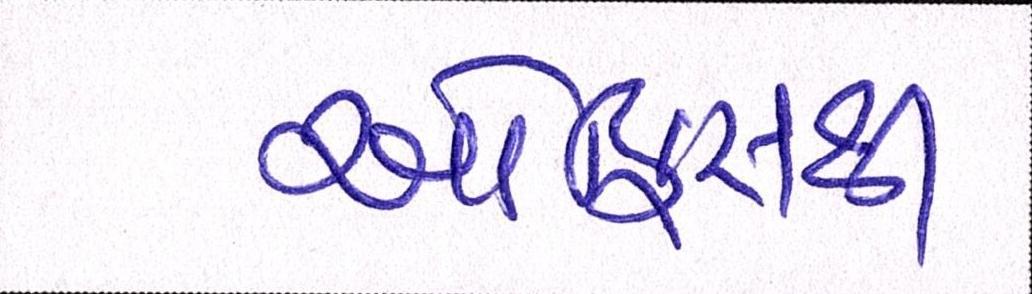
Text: ઓફિસથી